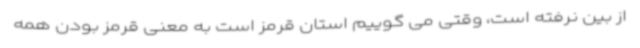
از بین نرفته است، وقتی می گوییم استان قرمز است به معنی قرمز بودن همه